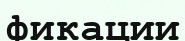
фикации